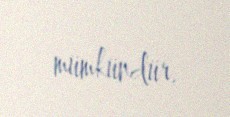
mümkündür.